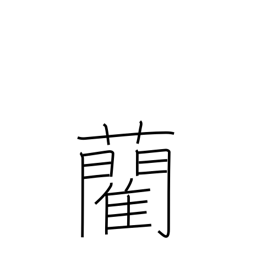
Meaning: rush, used for tatami covers